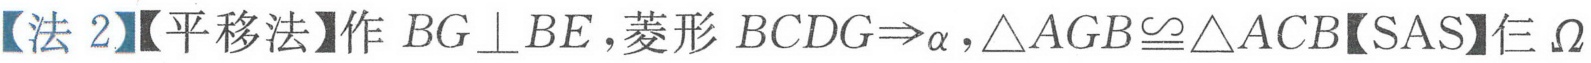
【法 2】【平移法】作 \(BG\perp BE\)，菱形 \(BCDG\Rightarrow\alpha\)，\(\triangle AGB\cong\triangle ACB\)【SAS】仨 \(\Omega\)